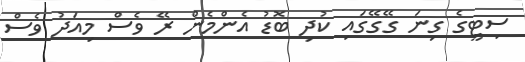
ސިޓީގެ ގިނަ ގޭގޭގައި ކުދި ބޮޑު އެންމެން ރޭ ވެސް މިއަދު ވެސް